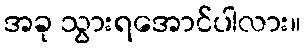
အခု သွားရအောင်ပါလား။